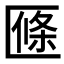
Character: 𠥑